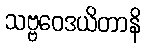
သဗ္ဗဝေဒယိတာနိ